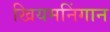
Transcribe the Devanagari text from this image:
खियमनिंगान